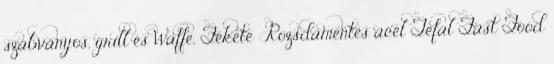
szabványos, grill és Waffe, Fekete Rozsdamentes acél Tefal Fast Food